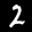
Label: 2